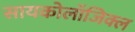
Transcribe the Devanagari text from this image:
सायकोलाॅजिक्ल